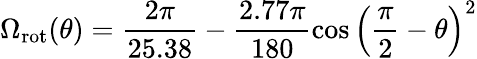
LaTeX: \Omega_{\mathrm{rot}}(\theta)=\frac{2\pi}{25.38}-\frac{2.77\pi}{180}\cos\left(\frac{\pi}{2}-\theta\right)^{2}